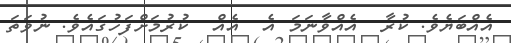
އެއްބަޔެވެެ. ކުރާ  އެއްވާނަމަ އެ  އެއް  ކުރުމަށްފަހުގައެވެ. ނުވަތަ